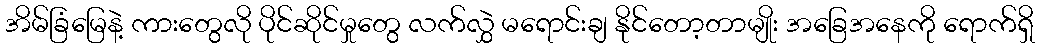
အိမ်ခြံမြေနဲ့ ကားတွေလို ပိုင်ဆိုင်မှုတွေ လက်လွှဲ မရောင်းချ နိုင်တော့တာမျိုး အခြေအနေကို ရောက်ရှိ